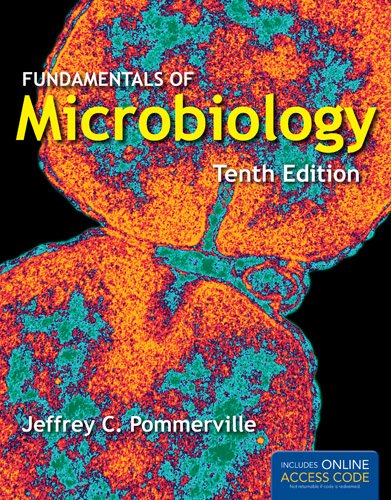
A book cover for Fundamentals Of Microbiology; Jeffrey C. Pommerville; Medical Books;